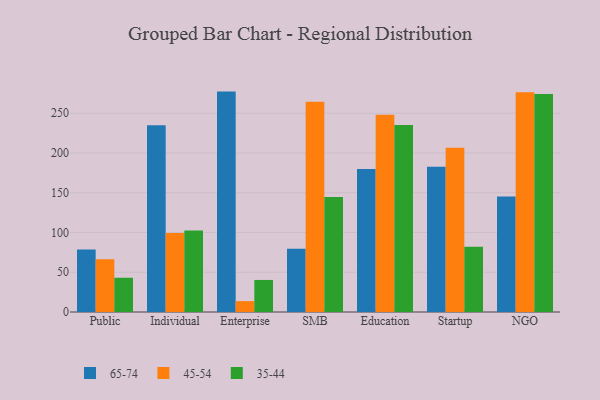
{"axis": {"x": "Segment", "y": "Humidity (%)"}, "legend": ["35-44", "45-54", "65-74"], "data": [{"x": "Public", "y": 78.5, "type": "65-74"}, {"x": "Public", "y": 66.2, "type": "45-54"}, {"x": "Public", "y": 43.1, "type": "35-44"}, {"x": "Individual", "y": 235.0, "type": "65-74"}, {"x": "Individual", "y": 99.3, "type": "45-54"}, {"x": "Individual", "y": 102.5, "type": "35-44"}, {"x": "Enterprise", "y": 277.2, "type": "65-74"}, {"x": "Enterprise", "y": 13.7, "type": "45-54"}, {"x": "Enterprise", "y": 40.3, "type": "35-44"}, {"x": "SMB", "y": 79.7, "type": "65-74"}, {"x": "SMB", "y": 264.5, "type": "45-54"}, {"x": "SMB", "y": 144.7, "type": "35-44"}, {"x": "Education", "y": 179.9, "type": "65-74"}, {"x": "Education", "y": 248.1, "type": "45-54"}, {"x": "Education", "y": 235.2, "type": "35-44"}, {"x": "Startup", "y": 182.7, "type": "65-74"}, {"x": "Startup", "y": 206.6, "type": "45-54"}, {"x": "Startup", "y": 82.1, "type": "35-44"}, {"x": "NGO", "y": 145.3, "type": "65-74"}, {"x": "NGO", "y": 276.4, "type": "45-54"}, {"x": "NGO", "y": 274.2, "type": "35-44"}]}